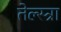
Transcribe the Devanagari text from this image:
तेल्स्त्रा